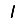
Digit: 1